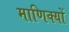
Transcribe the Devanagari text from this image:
माणिक्यों